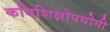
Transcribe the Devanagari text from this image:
कविशिक्षोपयोगी